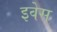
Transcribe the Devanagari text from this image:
इवेस